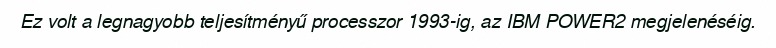
Ez volt a legnagyobb teljesítményű processzor 1993-ig, az IBM POWER2 megjelenéséig.